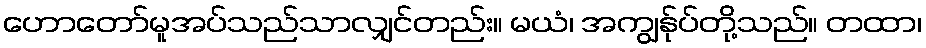
ဟောတော်မူအပ်သည်သာလျှင်တည်း။ မယံ၊ အကျွန်ုပ်တို့သည်။ တထာ၊